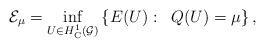
LaTeX: \begin{align*}\mathcal{E}_{\mu} = \inf_{U \in H^1_{\rm C}(\mathcal{G})} \left\{ E(U) : \;\; Q(U) = \mu \right\},\end{align*}